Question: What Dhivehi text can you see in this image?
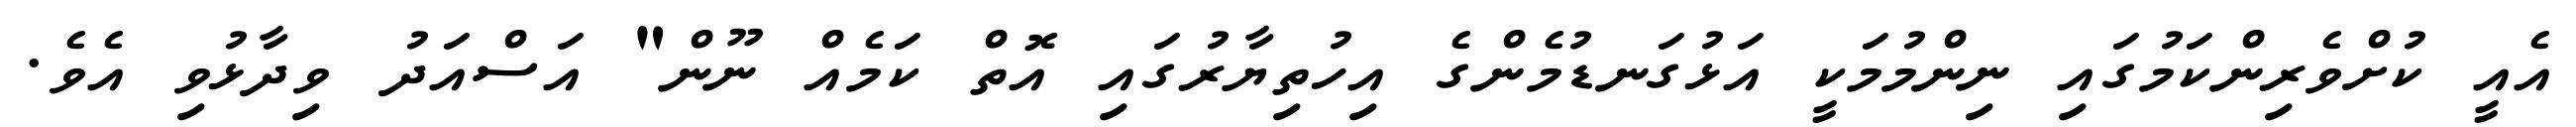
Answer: އެއީ ކުށްވެރިންކަމުގައި ނިންމުމަކީ އަޅުގަނޑުމެންގެ އިހުތިޔާރުގައި އޮތް ކަމެއް ނޫން" އަސްއަދު ވިދާޅުވި އެވެ.